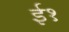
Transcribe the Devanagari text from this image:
ई१